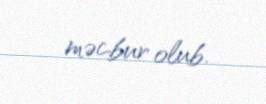
məcbur olub.